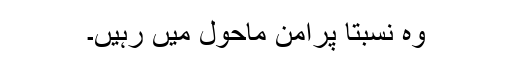
وہ نسبتاً پرامن ماحول میں رہیں۔